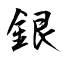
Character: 銀